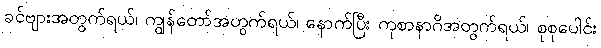
ခင်ဗျားအတွက်ရယ်၊ ကျွန်တော်အတွက်ရယ်၊ နောက်ပြီး ကုစာနာဂိအတွက်ရယ်၊ စုစုပေါင်း